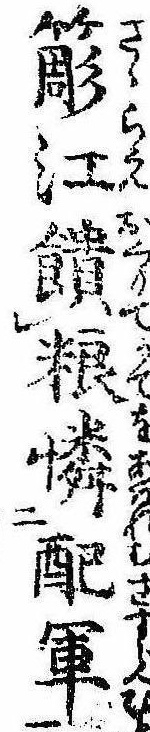
簓江饋糧憐配軍